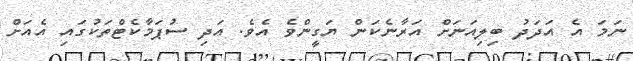
ނަމަ އެ އަދަދު ބިލިއަނަށް އަރާނެކަން ޔަގީންވެ އެވެ. އަދި ސުޕަމާކެޓްތަކުގައި އެއަށް